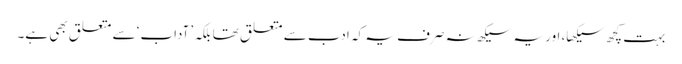
بہت کچھ سیکھا، اور یہ سیکھ نہ صرف یہ کہ ادب سے متعلق تھا بلکہ ’آداب‘ سے متعلق بھی ہے۔